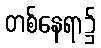
တစ်နေရာ၌